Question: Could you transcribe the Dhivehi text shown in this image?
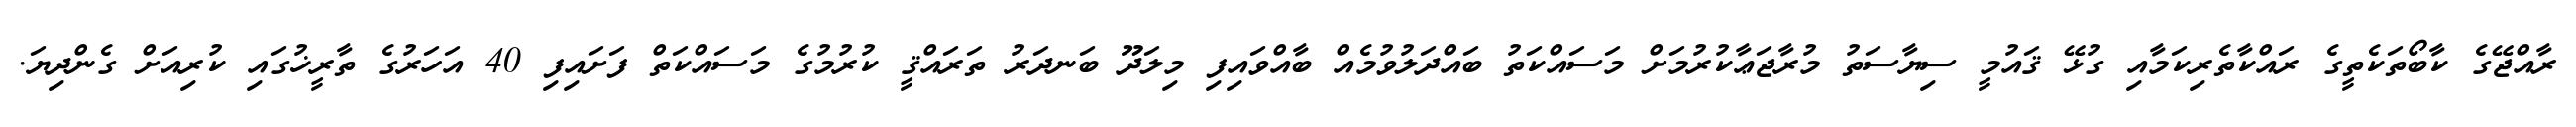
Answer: ރާއްޖޭގެ ކާބޯތަކެތީގެ ރައްކާތެރިކަމާއި ގުޅޭ ޤައުމީ ސިޔާސަތު މުރާޖަޢާކުރުމަށް މަސައްކަތު ބައްދަލުވުމެއް ބާއްވައިފި މިލަދޫ ބަނދަރު ތަރައްޤީ ކުރުމުގެ މަސައްކަތް ފަށައިފި 40 އަހަރުގެ ތާރީޚުގައި ކުރިއަށް ގެންދިޔަ.